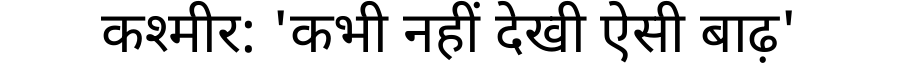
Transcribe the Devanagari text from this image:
कश्मीर: 'कभी नहीं देखी ऐसी बाढ़'